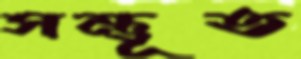
সম্ভূত